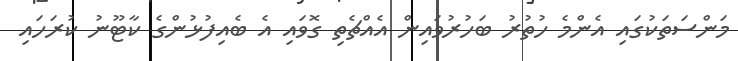
މަންސަތަކުގައި އެންމެ ހުތުރު ބަހުރުވައިން އެއްޗެތި ގޮވައި އެ ބެއިފުޅުންގެ ކާޓޫނު ކުރަހައި